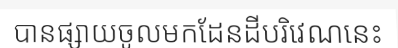
បានផ្សាយចូលមកដែនដីបរិវេណនេះ